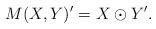
LaTeX: \begin{align*}M(X,Y)'=X\odot Y'.\end{align*}